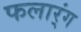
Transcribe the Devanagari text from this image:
फलार्ंग